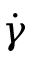
\dot { \gamma }